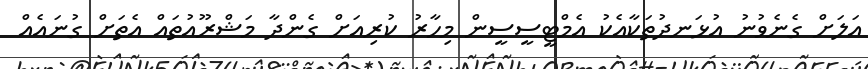
އަލަށް ގެނެވުނު އުޅަނދުތަކާއެކު އެމްޓީސީސީން މިހާރު ކުރިއަށް ގެންދާ މަޝްރޫއުތައް އެތަށް ގުނައެއް